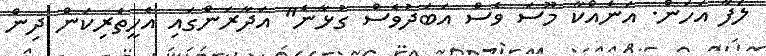
ލަފާ އަހަން. އަނެއްކާ މޫސަ ވެސް އަބަދުވެސް ގުޅާނެ" އަދާރަންގައި އެހީތެރިކަން ދިން